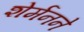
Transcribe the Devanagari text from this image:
शेर्मनने